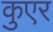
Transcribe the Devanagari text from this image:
कुएर